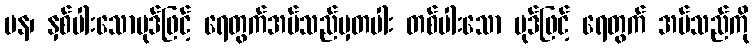
ပန၊ နှစ်ပါးသောပုဒ်ဖြင့် ရေတွက်အပ်သည်မှတပါး တစ်ပါးသော ပုဒ်ဖြင့် ရေတွက် အပ်သည်ကို